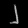
Digit: ၂